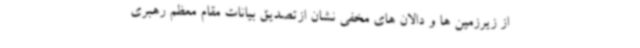
از زیرزمین ها و دالان های مخفی نشان ازتصدیق بیانات مقام معظم رهبری